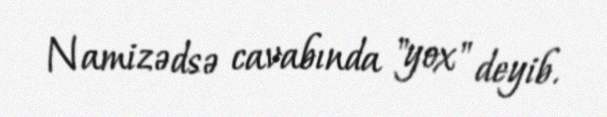
Namizədsə cavabında "yox" deyib.